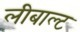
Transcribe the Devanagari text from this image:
लीबाल्ट